Scottish Leaving Certificate Examination, 1951
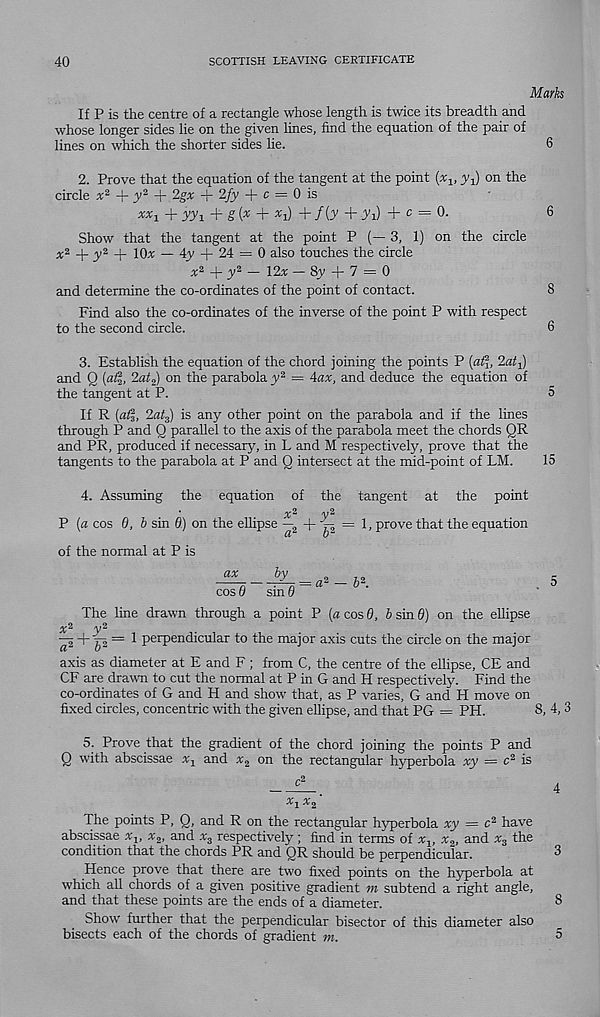
40
SCOTTISH LEAVING CERTIFICATE
Marks
If P is the centre of a rectangle whose length is twice its breadth and
whose longer sides lie on the given lines, find the equation of the pair of
lines on which the shorter sides he.
6
2. Prove that the equation of the tangent at the point (%,
on the
circle x 2 + y 2 + 2gx + 2fy + c = 0 is
xx 1 + m + g (* + *i) + f{y + Vi) + c = 0.
6
Show that the tangent at the point P (— 3, 1) on the circle
A -2 _|_
_|_ lOx — 4jy + 24 = 0 also touches the circle
x 2 jj_ y2 _ i2 x — Sj' + 7 = 0
and determine the co-ordinates of the point of contact.
8
Find also the co-ordinates of the inverse of the point P with respect
to the second circle.
6
3. Establish the equation of the chord joining the points P («£j, 2ai 1 )
and Q {a%, 2at 2 ) on the parabola y 2 = 4ax, and deduce the equation of
the tangent at P.
5
If R (al%, 2at 3 ) is any other point on the parabola and if the lines
through P and Q parallel to the axis of the parabola meet the chords QR
and PR, produced if necessary, in L and M respectively, prove that the
tangents to the parabola at P and Q intersect at the mid-point of LM.
15
4. Assuming the equation of the tangent at the point
•
^2
/y 2
P (a cos 8, b sin fl) on the ellipse — 2 + p = 1, prove that the equation
of the normal at P is
ax
by
cos 8 sin 0
: a 2 — b 2 .
The line drawn through a point P (« cos 0, b sin 8) on the ellipse
/^2 ,y 2
^2 + p = 1 perpendicular to the major axis cuts the circle on the major
axis as diameter at E and F ; from C, the centre of the ellipse, CE and
CF are drawn to cut the normal at P in G and H respectively. Find the
co-ordinates of G and H and show that, as P varies, G and H move on
fixed circles, concentric with the given ellipse, and that PG = PH.
8, 4,
5. Prove that the gradient of the chord joining the points P and
Q with abscissae x 1 and x 2 on the rectangular hyperbola xy = c 2 is
x 2
The points P, Q, and R on the rectangular hyperbola xy = c 3 have
abscissae x v x 2 , and x 3 respectively; find in terms of x x , x 2 , and x 3 the
condition that the chords PR and OR should be perpendicular.
3
Hence prove that there are two fixed points on the hyperbola at
which all chords of a given positive gradient m subtend a right angle,
and that these points are the ends of a diameter.
8
Show further that the perpendicular bisector of this diameter also
bisects each of the chords of gradient m.
5